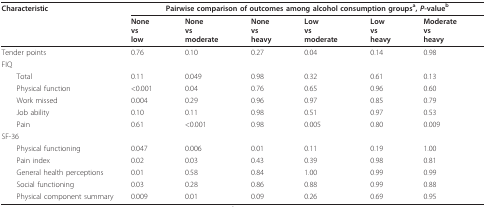
| Characteristic | <COLSPAN=6> Pairwise comparison of outcomes among alcohol consumption groupsa, P-valueb |
 |  | Nonevslow | Nonevsmoderate | Nonevsheavy | Lowvsmoderate | Lowvsheavy | Moderatevsheavy |
 | --- | --- | --- | --- | --- | --- | --- |
 | Tender points | 0.76 | 0.10 | 0.27 | 0.04 | 0.14 | 0.98 |
 | FIQ |  |  |  |  |  |  |
 | Total | 0.11 | 0.049 | 0.98 | 0.32 | 0.61 | 0.13 |
 | Physical function | <0.001 | 0.04 | 0.76 | 0.65 | 0.96 | 0.60 |
 | Work missed | 0.004 | 0.29 | 0.96 | 0.97 | 0.85 | 0.79 |
 | Job ability | 0.10 | 0.11 | 0.98 | 0.51 | 0.97 | 0.53 |
 | Pain | 0.61 | <0.001 | 0.98 | 0.005 | 0.80 | 0.009 |
 | SF-36 |  |  |  |  |  |  |
 | Physical functioning | 0.047 | 0.006 | 0.01 | 0.11 | 0.19 | 1.00 |
 | Pain index | 0.02 | 0.03 | 0.43 | 0.39 | 0.98 | 0.81 |
 | General health perceptions | 0.01 | 0.58 | 0.84 | 1.00 | 0.99 | 0.99 |
 | Social functioning | 0.03 | 0.28 | 0.86 | 0.88 | 0.99 | 0.88 |
 | Physical component summary | 0.009 | 0.01 | 0.09 | 0.26 | 0.69 | 0.95 |